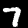
Digit: 7